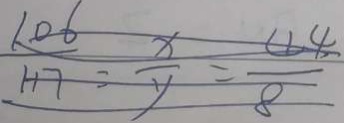
\frac { 1 . 0 6 } { 1 + 7 } = \frac { x } { y } = \frac { 4 4 } { 8 }